Preparation of a safe and efficient antirabic vaccine - Number 44
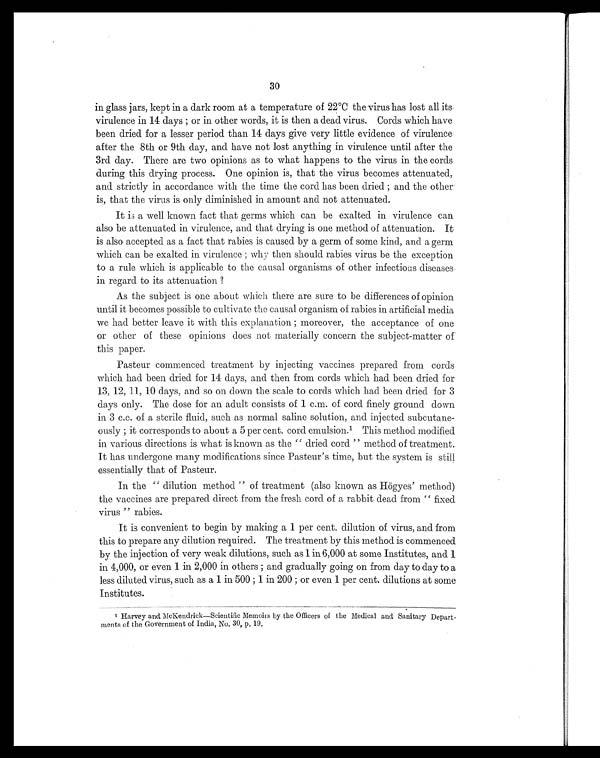
30
in glass jars, kept in a dark room at a temperature of 22°C the virus has lost all its
virulence in 14 days ; or in other words, it is then a dead virus. Cords which have
been dried for a lesser period than 14 days give very little evidence of virulence
after the 8th or 9th day, and have not lost anything in virulence until after the
3rd day. There are two opinions as to what happens to the virus in the cords
during this drying process. One opinion is, that the virus becomes attenuated,
and strictly in accordance with the time the cord has been dried ; and the other
is, that the virus is only diminished in amount and not attenuated.
It is a well known fact that germs which can be exalted in virulence can
also be attenuated in virulence, and that drying is one method of attenuation. It
is also accepted as a fact that rabies is caused by a germ of some kind, and a germ
which can be exalted in virulence ; why then should rabies virus be the exception
to a rule which is applicable to the causal organisms of other infectious diseases
in regard to its attenuation ?
As the subject is one about which there are sure to be differences of opinion
until it becomes possible to cultivate the causal organism of rabies in artificial media
we had better leave it with this explanation ; moreover, the acceptance of one
or other of these opinions does not materially concern the subject-matter of
this paper.
Pasteur commenced treatment by injecting vaccines prepared from cords
which had been dried for 14 days, and then from cords which had been dried for
13, 12, 11, 10 days, and so on down the scale to cords which had been dried for 3
days only. The dose for an adult consists of 1 c. m. of cord finely ground down
in 3 c.c. of a sterile fluid, such as normal saline solution, and injected subcutane-
ously ; it corresponds to about a 5 per cent. cord emulsion. 1 This method modified
in various directions is what is known as the " dried cord " method of treatment.
It has undergone many modifications since Pasteur's time, but the system is still
essentially that of Pasteur.
In the " dilution method " of treatment (also known as Högyes' method)
the vaccines are prepared direct from the fresh cord of a rabbit dead from " fixed
virus " rabies.
It is convenient to begin by making a 1 per cent. dilution of virus, and from
this to prepare any dilution required. The treatment by this method is commenced
by the injection of very weak dilutions, such as 1 in 6,000 at some Institutes, and 1
in 4,000, or even 1 in 2,000 in others ; and gradually going on from day to day to a
less diluted virus, such as a 1 in 500 ; 1 in 200 ; or even 1 per cent. dilutions at some
Institutes.
¹ H a r v e y a n d M c K e n d r i c k — S c i e n t i f i c M e m o i r s b y t h e O f f i c e r s o f t h e M e d i c a l a n d S a n i t a r y D e p a r t
- m e n t s o f t h e G o v e r n m e n t o f I n d i a , N o . 3 0 , p . 1 9 .